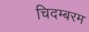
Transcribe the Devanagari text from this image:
चिदम्‍बरम